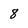
Character: 8